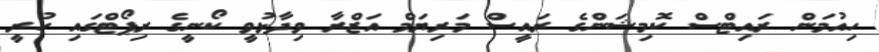
ހިއުމަން ރައިޓްސް ކޮމިޝަންގެ ރައީސް މަރިޔަމް އަޒްރާ ވިދާޅުވީ ކޯނީގެ ރިޕޯޓްގައި ހުރީ